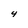
Character: 4